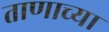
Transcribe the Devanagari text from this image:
ताणाच्या